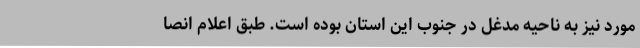
مورد نیز به ناحیه مدغل در جنوب این استان بوده است. طبق اعلام انصا